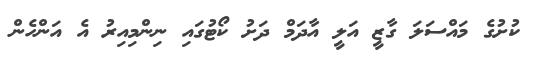
ކުށުގެ މައްސަލަ ގާޒީ އަލީ އާދަމް ދަށު ކޯޓުގައި ނިންމިއިރު އެ އަންހެން